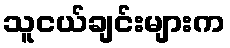
သူငယ်ချင်းများက